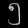
Digit: ၅